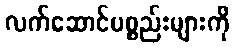
လက်ဆောင်ပစ္စည်းများကို